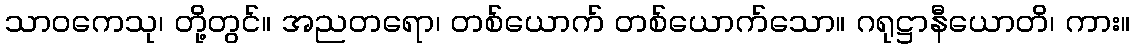
သာဝကေသု၊ တို့တွင်။ အညတရော၊ တစ်ယောက် တစ်ယောက်သော။ ဂရုဋ္ဌာနီယောတိ၊ ကား။